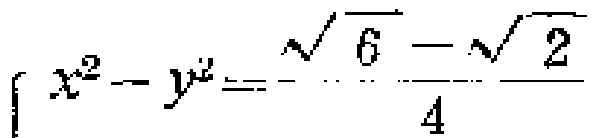
\(x^{2}-y^{2}=\frac{\sqrt{6}-\sqrt{2}}{4}\)